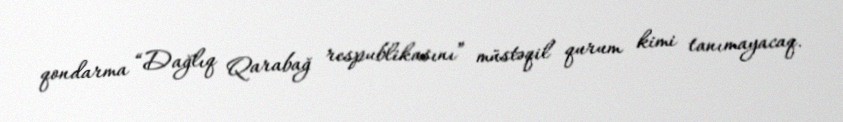
qondarma “Dağlıq Qarabağ respublikasını” müstəqil qurum kimi tanımayacaq.